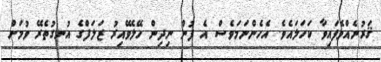
ޤަރުނެއްވެފައިވާ ކަހަލައެވެ. އެހެންނަމަވެސް އެ ފުން ނިދިން ހޭލެވޭއިރު ޒަލަފްގެ އުނގުތެރޭ ވުމަށް